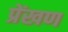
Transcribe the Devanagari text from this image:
प्रेंखण